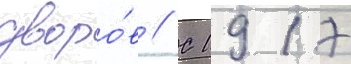
дворо́в // С 1917